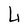
Character: L